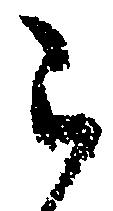
被